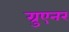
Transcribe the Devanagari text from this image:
ग्रुएनर